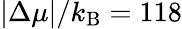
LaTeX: |\Delta\mu|/k_{\mathrm{B}}=118